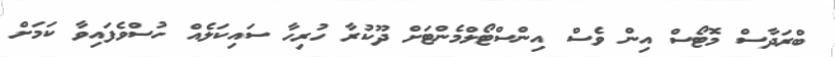
ބްރަދާސް މޮޓޯސް އިން ވެސް އިންސްޓޯލްމެންޓަށް ދޫކުރާ ހުރިހާ ސައިކަލެއް ހުސްވެފައިވާ ކަމަށް